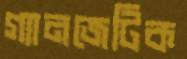
গ্যানজেটিক